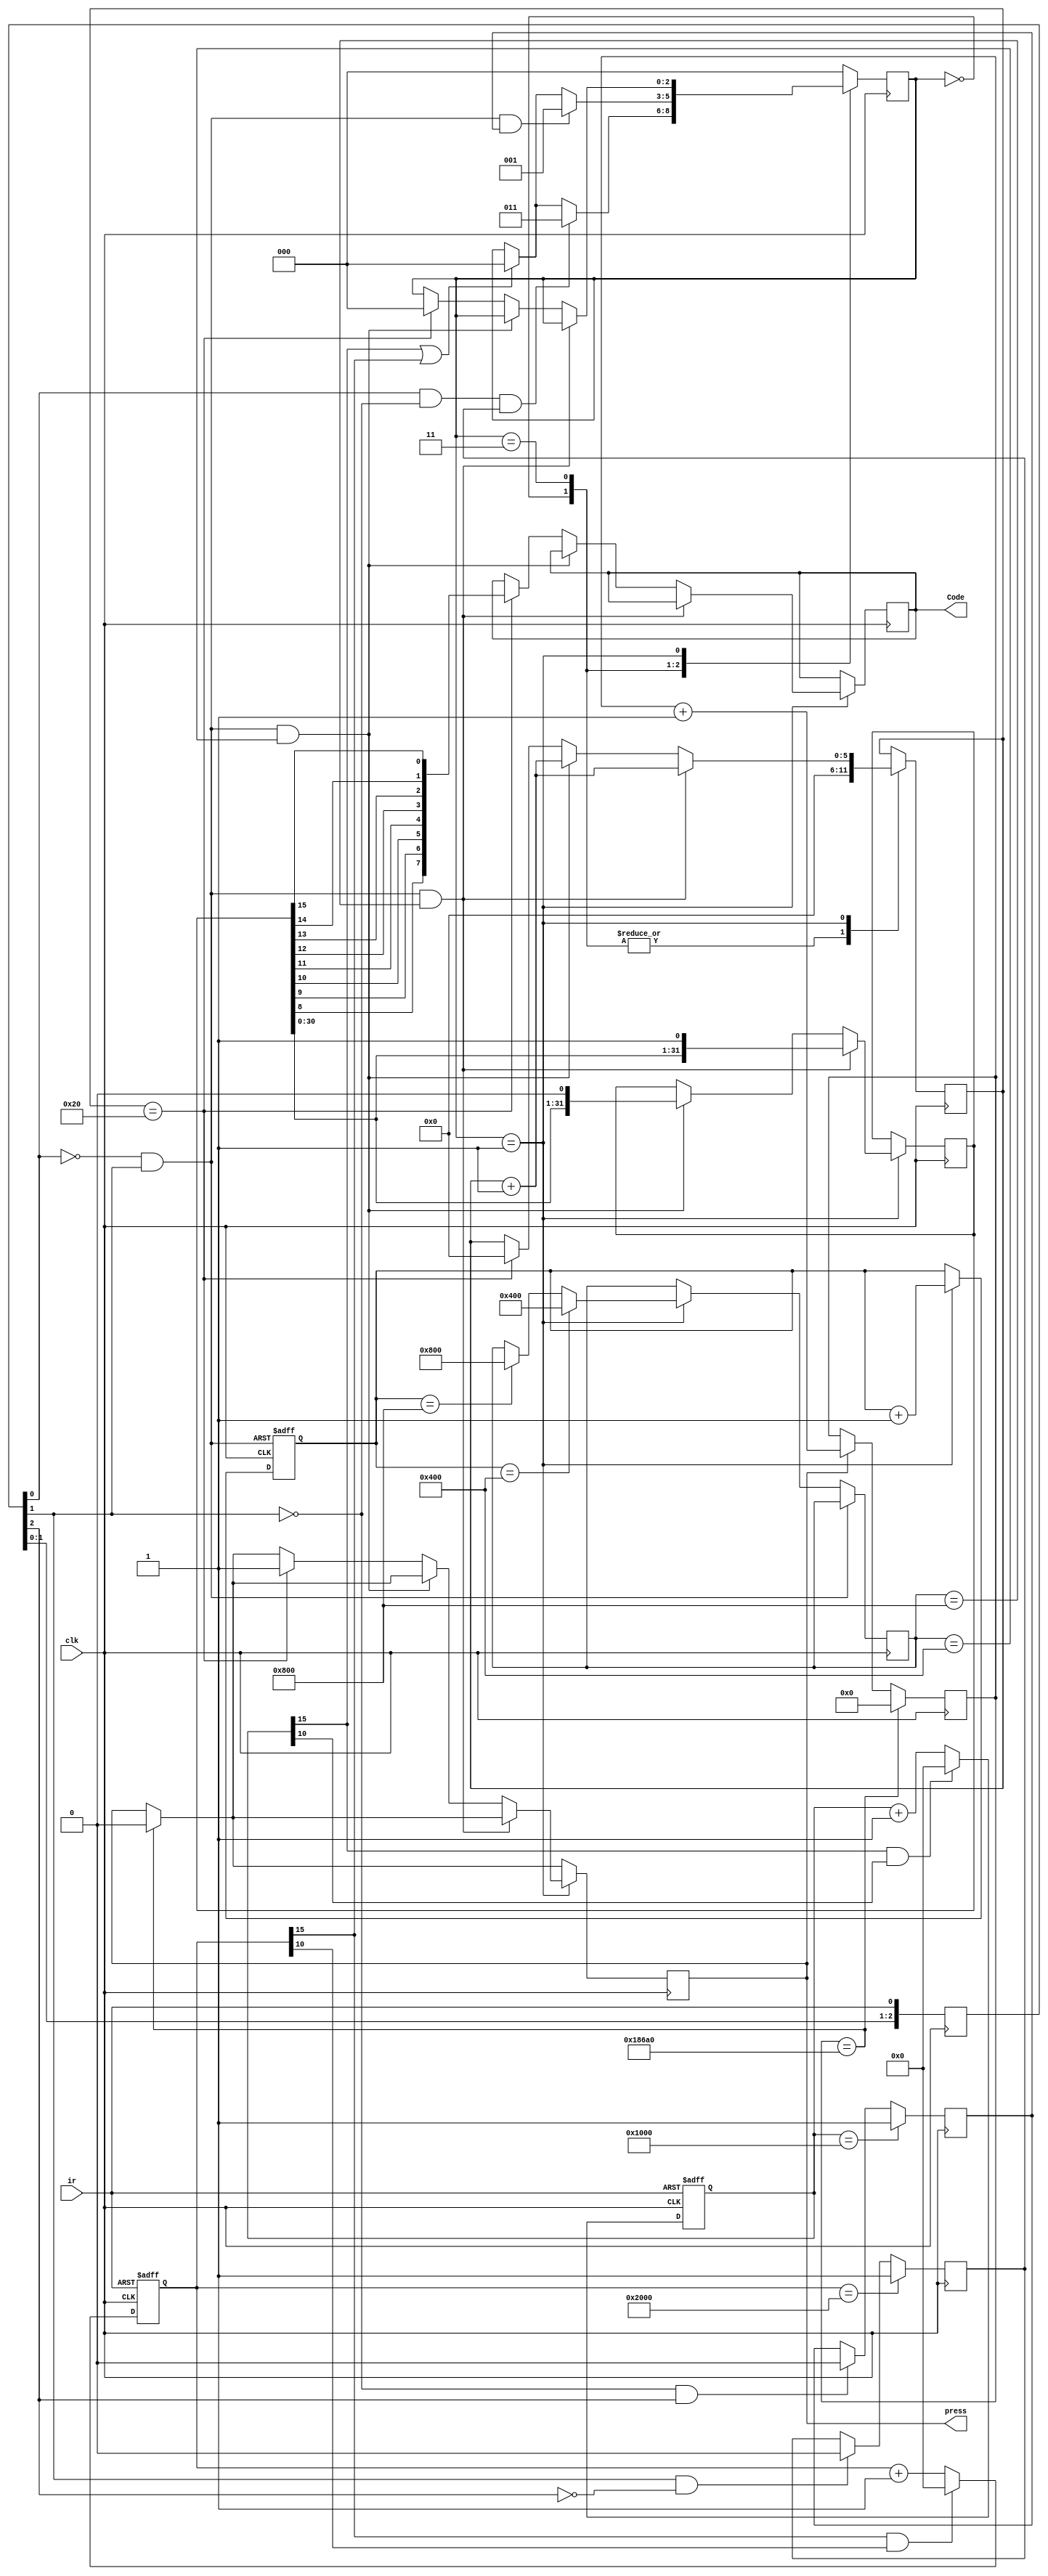
module IRRecive(
	input	 clk,
	input  ir,
	output reg [7:0]Code,
	output reg press
);

reg [2:0]IR_reg;
initial IR_reg = 3'b0;
always @ (posedge clk) 			//1us
begin
	IR_reg[0] <= ir;
	IR_reg[1] <= IR_reg[0];
	IR_reg[2] <= IR_reg[1];
end

wire IR_pos = (IR_reg[0]==1'b1) & (IR_reg[1]==1'b0);
wire IR_pos2= (IR_reg[1]==1'b1) & (IR_reg[2]==1'b0);
wire IR_neg = (IR_reg[0]==1'b0) & (IR_reg[1]==1'b1);
wire IR_neg2= (IR_reg[1]==1'b0) & (IR_reg[2]==1'b1);

//
parameter ST_START_L = 3'b000, ST_CODE_P = 3'b001 , ST_VALUE_P = 3'b010;
parameter ST_START_H = 3'b011, ST_CODE_N = 3'b100 , ST_VALUE_N = 3'b101;
//
parameter START_H = 16'd4096;	//us
parameter START_L = 16'd8192;	//us
parameter CODE_0 	= 16'd512  + 16'd512 ;	//us
parameter CODE_1 	= 16'd1536 + 16'd512 ;	//us

reg   [2:0]state;		
reg	[15:0]cnt_h;
reg	[15:0]cnt_l;
reg 	[31:0]IR_Value;
reg	[15:0]cnt_val;
reg   Flag_LVL;
reg   Flag_HVL;

always @ (posedge clk or posedge ir)
begin
		if(ir)									//
			cnt_l <= 16'b0;
		else if(cnt_l[15] & cnt_l[10])	//
			cnt_l 	<= 16'b0;
		else
			cnt_l <= cnt_l + 1'b1;			//	
end

always @ (negedge clk)
	begin
		if(cnt_l == START_L)
			Flag_LVL <= 1'b1;
		else if(IR_pos2)
			Flag_LVL <= 1'b0;
	end


always @ (posedge clk or negedge ir)
begin
		if(!ir)								//
			cnt_h <= 16'b0;					
		else if(cnt_h[15] & cnt_h[10])	//
			cnt_h <= 16'b0;
		else
			cnt_h <= cnt_h + 1'b1;			//	
end


always @ (negedge clk)
	begin
		if(cnt_h == START_H)
				Flag_HVL <=1;
		else if(IR_neg2)
				Flag_HVL <= 1'b0;
	end

reg [15:0]IR_code;
always @ (posedge clk or posedge IR_neg) 			
begin
			if(IR_neg)
				begin
					cnt_val 	<= 16'b0;				
				end
			else if(state == ST_CODE_P)
			begin
				if(cnt_val == CODE_0)
					begin
					IR_code	<= CODE_0;
					cnt_val <= cnt_val + 1'b1;				
					end
				else if(cnt_val == CODE_1)
					begin		
					IR_code	<= CODE_1;			
					cnt_val <= cnt_val + 1'b1;				
					end
				else
					cnt_val <= cnt_val + 1'b1;	
			end
end


wire fault = cnt_h[15] | cnt_l[15];		//
reg [5:0]cnt_num;
initial cnt_num = 6'b0;
reg [19:0]cnt_press;


always @ (posedge clk) 			//1us
begin
 if(press == 1'b1)
	cnt_press <= cnt_press + 1;
 if(cnt_press == 20'd100000)
	begin
		press <= 0;
		cnt_press <=0;
	end
 case(state)
 ST_START_L:
	begin
	//press <= 0;
	cnt_num  <=  6'b0;
		if((IR_pos == 1'b1) & (Flag_LVL==1'b1))
			begin
				state <= ST_START_H;
			end
		else if(fault)
			state <= ST_START_L;
	end
 ST_START_H : 
 	begin
	//press <= 0;
	cnt_num  <=  6'b0;	
		if((IR_neg == 1'b1) & (Flag_HVL==1'b1))
			begin
				state <= ST_CODE_P;
			end
		else if(fault)
			state <= ST_START_L;
	end			
 ST_CODE_P : 
	begin
		if((IR_neg)&(IR_code == CODE_1))
			begin
				cnt_num = cnt_num + 1'b1;
				IR_Value <= {IR_Value[30:0],1'b1};
			end
		else	if((IR_neg)&(IR_code == CODE_0))
			begin
				cnt_num = cnt_num + 1'b1;
				IR_Value <= {IR_Value[30:0],1'b0};
			end
		else if(cnt_num==6'd32)
			begin
				press    <=  1'b1;
				cnt_num  <=  6'b0;
				state 	<=  ST_START_L;
				Code 		<=  {IR_Value[8],IR_Value[9],IR_Value[10],IR_Value[11],IR_Value[12],IR_Value[13],IR_Value[14],IR_Value[15]};
			end
	end
   default : state <=  ST_START_L;
endcase
end
endmodule